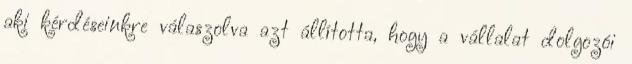
aki kérdéseinkre válaszolva azt állította, hogy a vállalat dolgozói